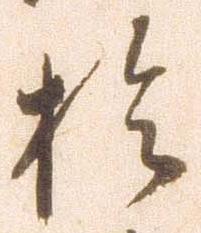
於